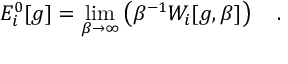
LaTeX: E _ { i } ^ { 0 } [ g ] = \operatorname * { l i m } _ { \beta \rightarrow \infty } \left( \beta ^ { - 1 } W _ { i } [ g , \beta ] \right) ~ ~ ~ .